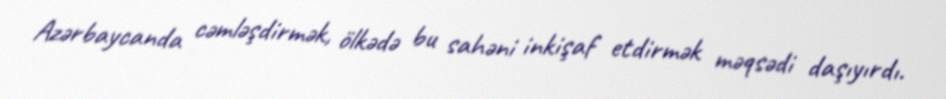
Azərbaycanda cəmləşdirmək, ölkədə bu sahəni inkişaf etdirmək məqsədi daşıyırdı.